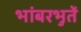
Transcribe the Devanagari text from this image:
भांबरभुतें